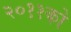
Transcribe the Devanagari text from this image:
२०११को